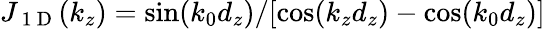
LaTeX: J_{\mathrm{~1~D~}}(k_{z})=\sin(k_{0}d_{z})/[\cos(k_{z}d_{z})-\cos(k_{0}d_{z})]